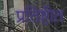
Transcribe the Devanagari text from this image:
प्रतिष्टीत